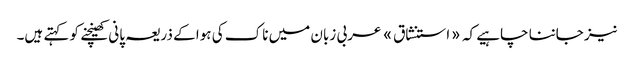
نیز جاننا چاہیے کہ «استنشاق» عربی زبان میں ناک کی ہوا کے ذریعہ پانی کھینچنے کو کہتے ہیں۔